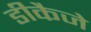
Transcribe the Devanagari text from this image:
डीकैजे